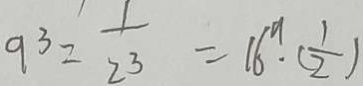
9 ^ { 3 } = \frac { 1 } { 2 3 } = 1 6 ^ { 9 } \cdot ( \frac { 1 } { 2 } )